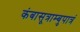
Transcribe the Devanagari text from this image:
कंबासूत्राम्बुपात्रं